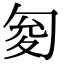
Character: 𠣟